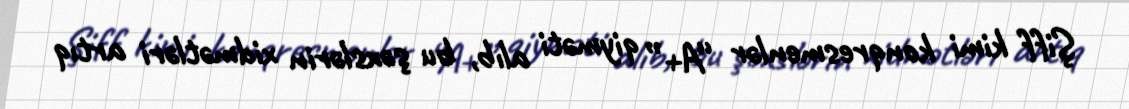
Şiff kimi konqresmenlər “A+” qiyməti alıb, bu şəxslərin xidmətləri artıq